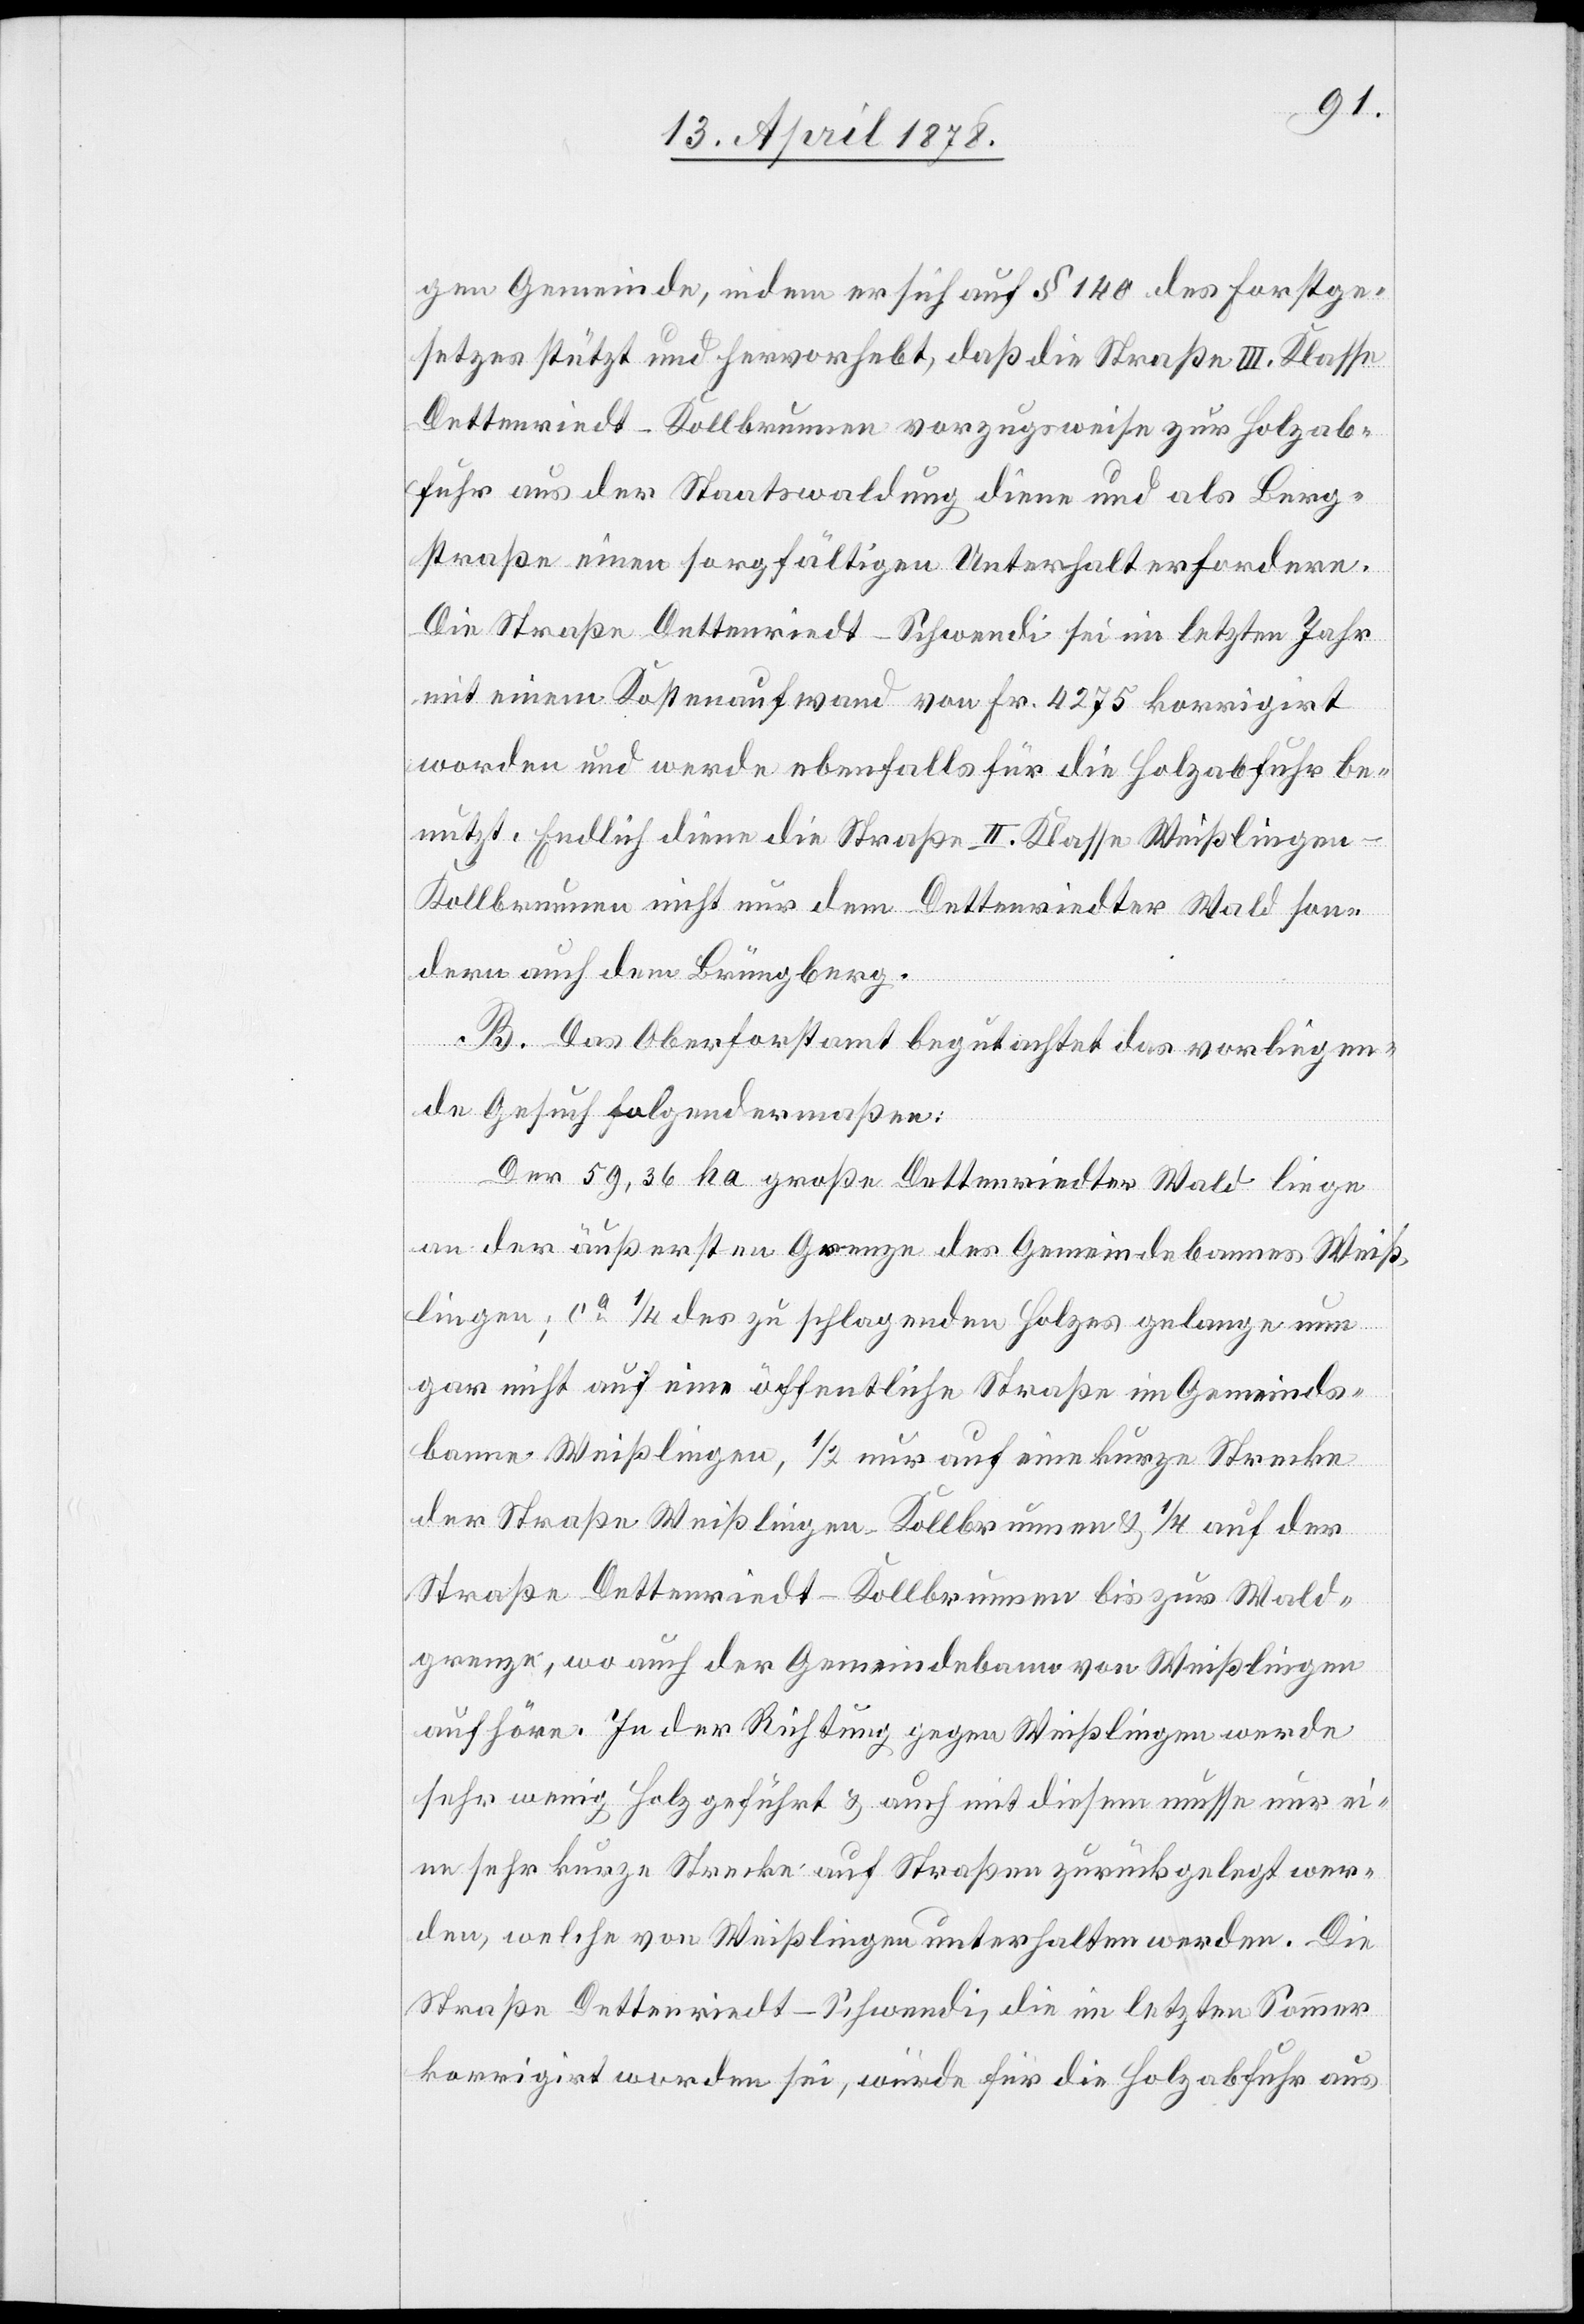
gen Gemeinde, indem er sich auf § 140 des Forstge¬
setzes stützt und hervorhebt, daß die Straße III. Klasse
Dettenriedt–Kollbrunnen vorzugsweise zur Holzab¬
fuhr aus der Staatswaldung diene und als Berg¬
straße einen sorgfältigen Unterhalt erfordere.
Die Straße Dettenriedt–Schwendi sei im letzten Jahr
mit einem Kostenaufwand von Fr. 4275 korrigirt
worden und werde ebenfalls für die Holzabfuhr be¬
nutzt. Endlich diene die Straße II. Klasse Weißlingen–K¬
ollbrunnen nicht nur dem Dettenriedter Wald son¬
dern auch dem Brüngberg.
B. Das Oberforstamt begutachtet das vorliegen¬
de Gesuch folgendermaßen:
Der 59,36 ha große Dettenriedter Wald liege
an der äußersten Grenze des Gemeindebannes Weiß¬
lingen; ca 1/4 des zu schlagenden Holzes gelange nun
gar nicht auf eine öffentliche Straße im Gemeinds¬
banne Weißlingen, 1/2 nur auf eine kurze Strecke
der Straße Weißlingen–Kollbrunnen & 1/4 auf der
Straße Dettenriedt–Kollbrunnen bis zur Wald¬
grenze, wo auch der Gemeindebann von Weißlingen
aufhöre. In der Richtung gegen Weißlingen werde
sehr wenig Holz geführt & auch mit diesem müsse nur ei¬
ne sehr kurze Strecke auf Straßen zurückgelegt wer¬
den, welche von Weißlingen unterhalten werden. Die
Straße Dettenriedt–Schwendi, die im letzten Sommer
korrigirt worden sei, würde für die Holzabfuhr aus